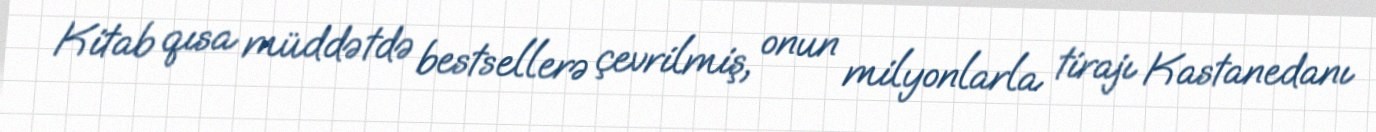
Kitab qısa müddətdə bestsellerə çevrilmiş, onun milyonlarla tirajı Kastanedanı